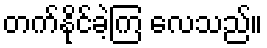
တက်နိုင်ခဲ့ကြ လေသည်။